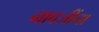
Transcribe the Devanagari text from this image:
नावजींना